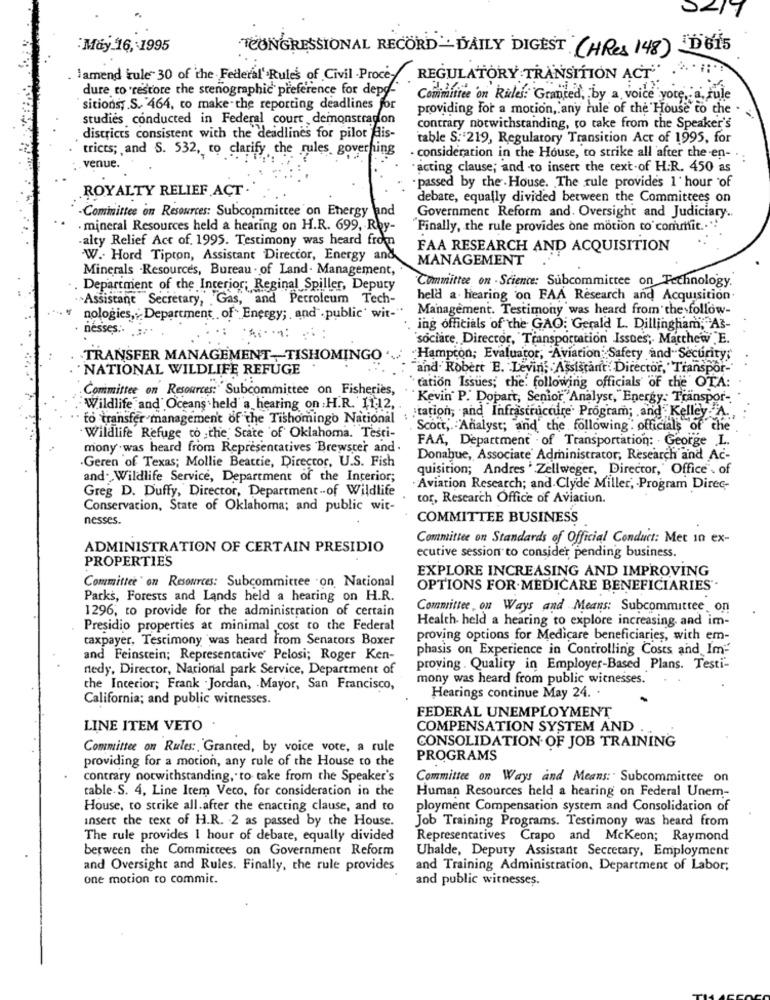
: May 16, 1995
CONGRESSIONAL RECORD - DAILY DIGEST (HRes 148) "D 615
lamend tule" 30 of the Federal' Rules of Civil . Proce-
REGULATORY TRANSITION ACT" ."''
dure to restore the stenographic preference for depd-
Committee on Rules: Granted, by a voice yote, a rule
sitions; S. 464, to make- the reporting deadlines for
providing for a motion, any rule of the House to che
studies conducted in Federal court demonstradon
contrary notwithstanding, to take from the Speaker's
districts consistent with the deadlines for pilot fais-
table S. 219, Regulatory Transition Act of 1995, for
trices; and S. 532, to clarify the rules governing
- consideration in the House, to strike all after the en- ..
venue.
acting clause; and to insert the cext-of H.R. 450 as
ROYALTY RELIEF ACT .
- passed by the . House. The rule provides 1 hour of
debate, equally divided between the Committees on
-Committee on Resources: Subcommittee on Energy and
Government Reform and. Oversight and Judiciary ..
. mineral Resources held a hearing on H.R. 699, Rby-
"Finally, the rule provides one motion to'commit .. "
alty Relief Act of. 1995. Testimony was heard from
FAA RESEARCH AND ACQUISITION
W .. Hord Tipton, Assistant Director, Energy and
MANAGEMENT
Minerals .Resources, Bureau . of Land. Management,
Committee on - Science: Subcommittee on Technology.
. Department of the Interior; Reginal Spiller, Deputy
. >Assistant Secretary, Gas, and Petroleum Tech-
held a. hearing on FAA Research and Acquisition
Management. Testimony was heard from the follow-
nologies, Department of Energy; , and public' wit-"
nesses ..
ing officials of the GAO: Gerald L. Dillingham; A3-
sociate, Director, Transportation Issues, Matthew E.
TRANSFER MANAGEMENT- TISHOMINGO
Hampton; Evaluator, Aviation Safety and Securitys
NATIONAL WILDLIFE REFUGE
and Robert E. Levin, Assistant Director, "Transpor-"
Committee on Resources: Subcommittee on Fisheries,
tation Issues; the. following officials of the OTA:
Kevin P. Dopart, Senior Analyst, "Energy .: Transpor-
Wildlife and Oceans held" a hearing on H.R. 1112,
to transfer management of the Tishomingo National
station, and Infrastructure. Program; and Kelley-A.
. Scott, Analyst; and the following : officials of the
Wildlife Refuge to , the State of Oklahoma. Testi-
FAX, Department . of Transportation: . George .L.
mony . was heard from Representatives Brewster and
.Geren of Texas; Mollie Beattie, Director, U.S. Fish
Donahue, Associate' Administrator, Research and Ac-
quisition; Andres ' Zellweger, Director,' Office . of
and. Wildlife Service, Department of the Interior;
Greg D. Duffy, Director, Department-of Wildlife
Aviation Research; and Clyde Miller, Program Direc-
tor, Research Office of Aviation.
Conservation, State of Oklahoma; and public wit-
nesses.
COMMITTEE BUSINESS
Committee on Standards of Official Conduct: Met In ex-
ADMINISTRATION OF CERTAIN PRESIDIO
PROPERTIES
ecutive session to consider pending business.
EXPLORE INCREASING AND IMPROVING
Committee on Resources: Subcommittee on National
OPTIONS FOR.MEDICARE BENEFICIARIES'.
Parks, Forests and Lands held a hearing on H.R.
1296, to provide for the administration of certain
Committee on Ways and Means: Subcommittee on
Health held a hearing to explore increasing, and im-
Presidio properties at minimal cost to the Federal
taxpayer, Testimony was heard from Senators Boxer
proving options for Medicare beneficiaries, with em-
phasis on Experience in Controlling Costs and Im-
and Feinstein; Representative' Pelosi; Roger Ken-
nedy, Director, National park Service, Department of
proving . Quality in Employer-Based Plans. Testi-
mony was heard from public witnesses.
the Interior; Frank .Jordan, Mayor, San Francisco,
California; and public witnesses.
Hearings continue May 24. .
FEDERAL UNEMPLOYMENT
LINE ITEM VETO
COMPENSATION SYSTEM AND
Committee on Rules: Granted, by voice vote, a rule
CONSOLIDATION OF JOB TRAINING
providing for a motion, any rule of the House to the
PROGRAMS
contrary notwithstanding, to take from the Speaker's
Committee on Ways and Means: Subcommittee on
table. S. 4, Line Item Veco, for consideration in the
Human Resources held a hearing on Federal Unem-
House, to strike all.after che enacting clause, and to
ployment Compensation system and Consolidation of
insert the text of H.R. 2 as passed by the House.
Job Training Programs. Testimony was heard from
The rule provides 1 hour of debate, equally divided
Representatives Crapo and Mckeon; Raymond
berween the Committees on Government Reform
Uhalde, Deputy Assistant Secretary, Employment
and Oversight and Rules. Finally, the rule provides
and Training Administration, Department of Labor;
one motion ro commit.
and public witnesses.